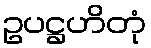
ဥပဋ္ဌဟိတုံ